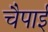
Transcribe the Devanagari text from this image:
चैपाई